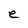
Character: e